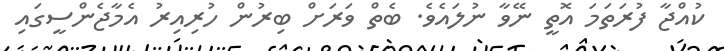
ކުއްޖާ ފުރަތަމަ އޮތީ ނޭވާ ނުލައެވެ. ބެތް ވަރަށް ބިރުން ހުރިއިރު އެމާޖެންސީގައި